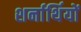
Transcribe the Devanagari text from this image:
शर्नार्थियों